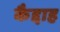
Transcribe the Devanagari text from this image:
कैद्दाह